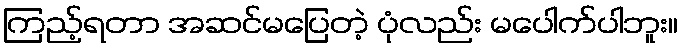
ကြည့်ရတာ အဆင်မပြေတဲ့ ပုံလည်း မပေါက်ပါဘူး။